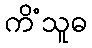
ကိံသူဓ